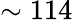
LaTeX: \sim 114